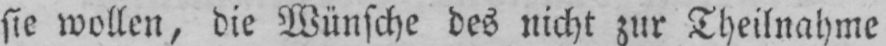
sie wollen, die Wünsche des nicht zur Theilnahme